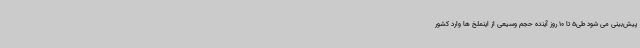
پیش‌بینی می شود طی5 تا 10 روز آینده حجم وسیعی از اینملخ ها وارد کشور